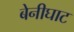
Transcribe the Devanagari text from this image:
बेनीघाट